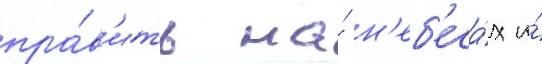
пра́в'ить на́ н'еб'еса́х и́